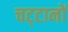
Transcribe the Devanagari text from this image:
चट्‌टानों